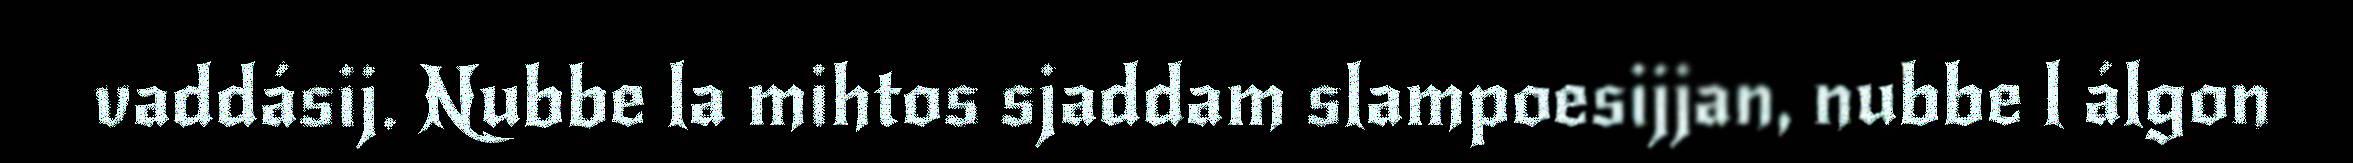
vaddásij. Nubbe la mihtos sjaddam slampoesijjan, nubbe l álgon